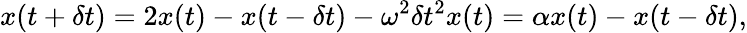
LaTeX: x(t+\delta t)=2x(t)-x(t-\delta t)-\omega^{2}\delta t^{2}x(t)=\alpha x(t)-x(t-\delta t),